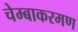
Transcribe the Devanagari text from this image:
चेम्बाकरमण